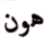
هون